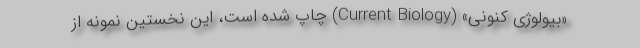
«بیولوژی کنونی» (Current Biology) چاپ شده است، این نخستین نمونه از